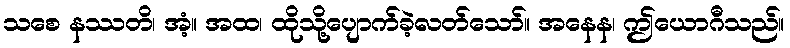
သစေ နဿတိ၊ အံ့။ အထ၊ ထိုသို့ပျောက်ခဲ့လတ်သော်။ အနေန၊ ဤယောဂီသည်။